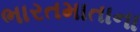
ભારતમાતાના